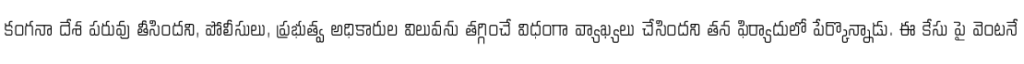
కంగనా దేశ పరువు తీసిందని, పోలీసులు, ప్రభుత్వ అధికారుల విలువను తగ్గించే విధంగా వ్యాఖ్యలు చేసిందని తన ఫిర్యాదులో పేర్కొన్నాడు. ఈ కేసు పై వెంటనే